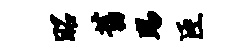
昭旧踢臣